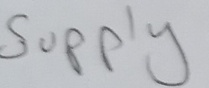
Text: Supply